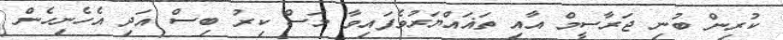
ކުރިން ބުނި ޖަރާސީމް އާއި ތަޣައްޔަރުވެފައިވާ މަސް ކިރު ބިސް އަދި އެހެނިހެން